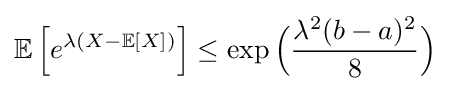
\mathbb {E} \left[e^{\lambda (X-\mathbb {E} [X])}\right]\leq \exp {\Big (}{\frac {\lambda ^{2}(b-a)^{2}}{8}}{\Big )}